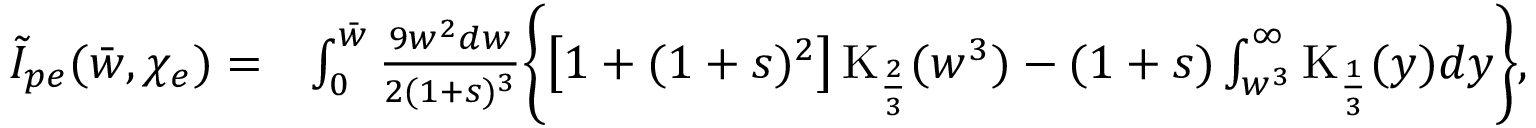
\begin{array} { r l } { \tilde { I } _ { p e } ( \bar { w } , \chi _ { e } ) = } & { \int _ { 0 } ^ { \bar { w } } \frac { 9 w ^ { 2 } d w } { 2 ( 1 + s ) ^ { 3 } } \biggl \{ \left[ 1 + ( 1 + s ) ^ { 2 } \right] \mathrm { K } _ { \frac { 2 } { 3 } } ( w ^ { 3 } ) - ( 1 + s ) \int _ { w ^ { 3 } } ^ { \infty } \mathrm { K } _ { \frac { 1 } { 3 } } ( y ) d y \biggr \} , } \end{array}